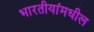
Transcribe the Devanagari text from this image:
भारतीयांमधील